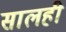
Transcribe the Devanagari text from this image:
सालही